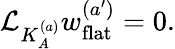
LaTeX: {\cal L}_{K_{A}^{(a)}}w_{\mathrm{flat}}^{(a^{\prime})}=0.